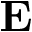
\mathbf { E }